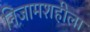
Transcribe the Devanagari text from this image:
निजामशहीला